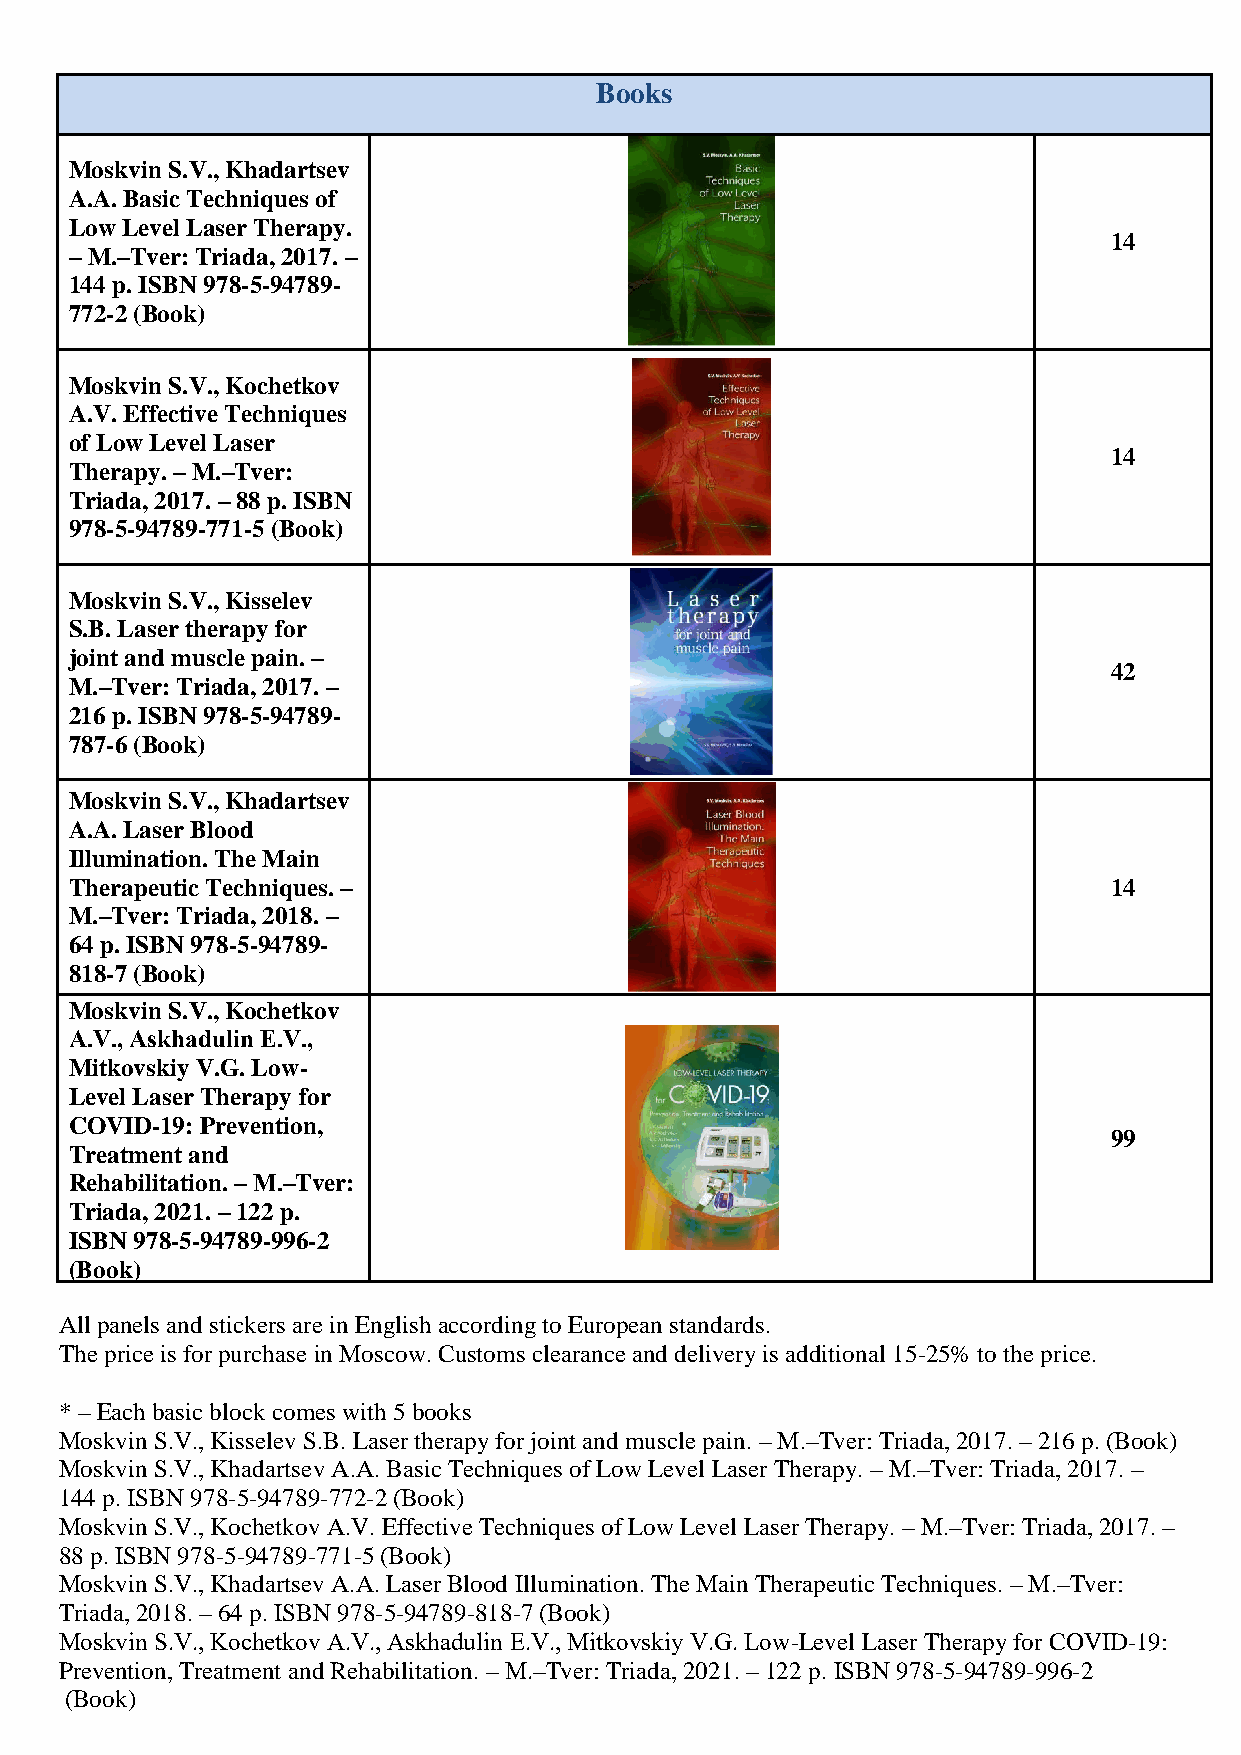
Books
 Moskvin S.V., Khadartsev
 A.A. Basic Techniques of
 Low Level Laser Therapy.
 14
 – M.–Tver: Triada, 2017. –
 144 p. ISBN 978-5-94789-
 772-2 (Book)
 Moskvin S.V., Kochetkov
 A.V. Effective Techniques
 of Low Level Laser
 14
 Therapy. – M.–Tver:
 Triada, 2017. – 88 p. ISBN
 978-5-94789-771-5 (Book)
 Moskvin S.V., Kisselev
 S.B. Laser therapy for
 joint and muscle pain. –
 42
 M.–Tver: Triada, 2017. –
 216 p. ISBN 978-5-94789-
 787-6 (Book)
 Moskvin S.V., Khadartsev
 A.A. Laser Blood
 Illumination. The Main
 Therapeutic Techniques. –                                           14
 M.–Tver: Triada, 2018. –
 64 p. ISBN 978-5-94789-
 818-7 (Book)
 Moskvin S.V., Kochetkov
 A.V., Askhadulin Е.V.,
 Mitkovskiy V.G. Low-
 Level Laser Therapy for
 COVID-19: Prevention,
 99
 Treatment and
 Rehabilitation. – М.–Tver:
 Triada, 2021. – 122 p.
 ISBN 978-5-94789-996-2
 (Book)
 All panels and stickers are in English according to European standards.
 The price is for purchase in Moscow. Customs clearance and delivery is additional 15-25% to the price.
 * – Each basic block comes with 5 books
 Moskvin S.V., Kisselev S.B. Laser therapy for joint and muscle pain. – M.–Tver: Triada, 2017. – 216 p. (Book)
 Moskvin S.V., Khadartsev A.A. Basic Techniques of Low Level Laser Therapy. – M.–Tver: Triada, 2017. –
 144 p. ISBN 978-5-94789-772-2 (Book)
 Moskvin S.V., Kochetkov A.V. Effective Techniques of Low Level Laser Therapy. – M.–Tver: Triada, 2017. –
 88 p. ISBN 978-5-94789-771-5 (Book)
 Moskvin S.V., Khadartsev A.A. Laser Blood Illumination. The Main Therapeutic Techniques. – M.–Tver:
 Triada, 2018. – 64 p. ISBN 978-5-94789-818-7 (Book)
 Moskvin S.V., Kochetkov A.V., Askhadulin Е.V., Mitkovskiy V.G. Low-Level Laser Therapy for COVID-19:
 Prevention, Treatment and Rehabilitation. – М.–Tver: Triada, 2021. – 122 p. ISBN 978-5-94789-996-2
 (Book)